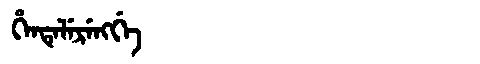
Manchu: ᡥᡝᠨᡨᡝᠯᡝᡵᡝᠩᡤᡝ
Romanization: HENTELERENGGE